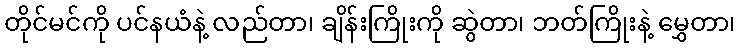
တိုင်မင်ကို ပင်နယံနဲ့ လည်တာ၊ ချိန်းကြိုးကို ဆွဲတာ၊ ဘတ်ကြိုးနဲ့ မွှေတာ၊